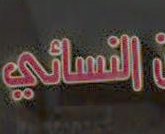
التسالي